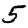
Digit: 5